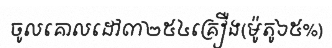
ចូលគោលដៅ៣២៥៤គ្រឿង(ម៉ូតូ៦៥%)